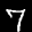
Label: 7